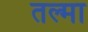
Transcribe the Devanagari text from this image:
तल्मा